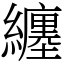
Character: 纏